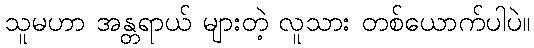
သူမဟာ အန္တရာယ် များတဲ့ လူသား တစ်ယောက်ပါပဲ။